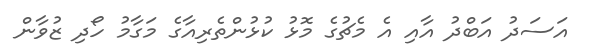
އަސަދު އަބްދު އާއި އެ މެޗުގެ މޮޅު ކުޅުންތެރިއާގެ މަގާމު ހޯދި ޒުވާން